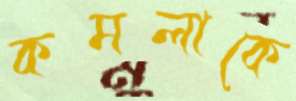
কমলাকে